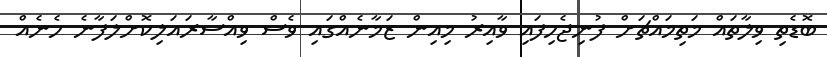
ބޮޑެތި ވިލާތައް މަތިމައްޗަށް ފުނިޖެހިފައި ވާއިރު މިއިން ޒަމާނެއްގައި ވެސް ވިއްސާރައަލިކޮށްލަފާނެ ހެނެއް